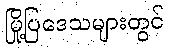
မြို့ပြဒေသများတွင်